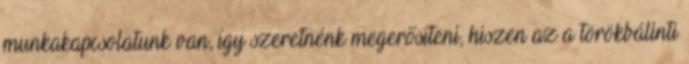
munkakapcsolatunk van, így szeretnénk megerősíteni, hiszen az a törökbálinti